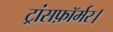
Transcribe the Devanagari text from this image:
ट्रांसफ़ॉर्मर।